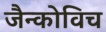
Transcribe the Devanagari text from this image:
जैन्कोविच